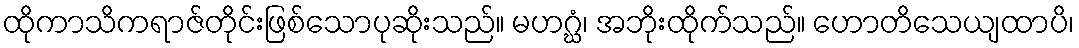
ထိုကာသိကရာဇ်တိုင်းဖြစ်သောပုဆိုးသည်။ မဟဂ္ဃံ၊ အဘိုးထိုက်သည်။ ဟောတိသေယျထာပိ၊